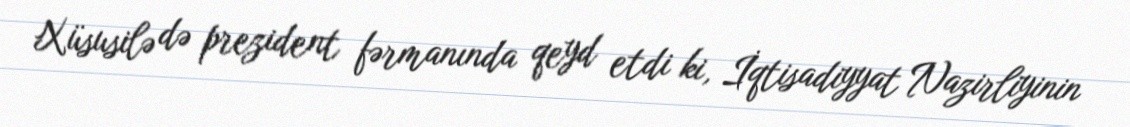
Xüsusilə də prezident fərmanında qeyd etdi ki, İqtisadiyyat Nazirliyinin